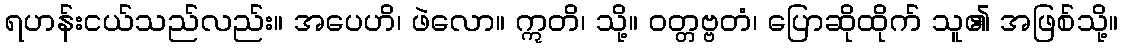
ရဟန်းငယ်သည်လည်း။ အပေဟိ၊ ဖဲလော။ ဣတိ၊ သို့။ ဝတ္တဗ္ဗတံ၊ ပြောဆိုထိုက် သူ၏ အဖြစ်သို့။